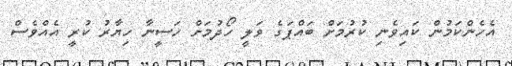
އެހެންކަމުުން ކައިވެނި ކުރުމަށް ބައްޕަގެ ވަލީ ހޯދުމަށް ހަސީނާ ހިޔާރު ކުރީ އެއްވެސް